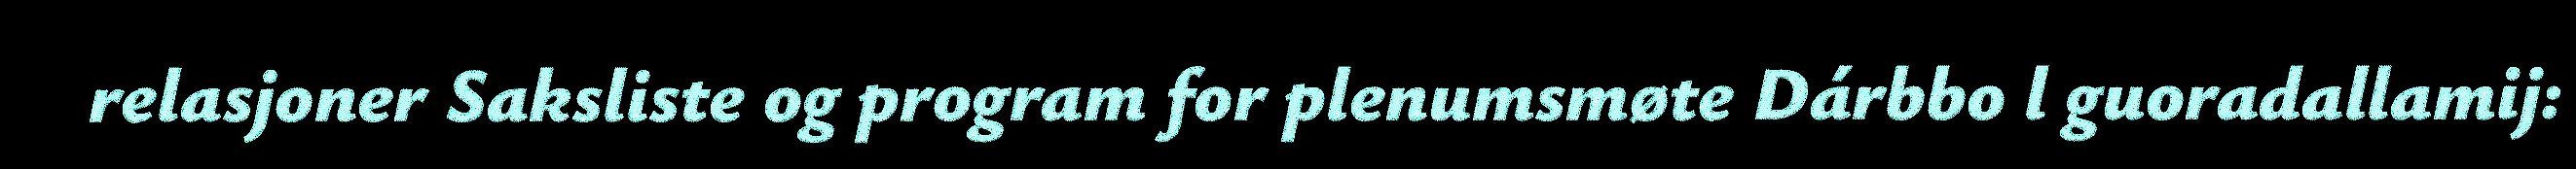
relasjoner Saksliste og program for plenumsmøte Dárbbo l guoradallamij: